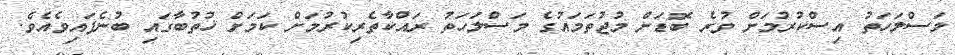
މަސްލަހަތު އިސްކުރުމަށް ވުރެ ބޮޑަށް މުޖުތަމައުގެ މަސްލަހަތު ރައްކާތެރިކުރުމަށް ކަމަށް ޚުތުބާގައި ބުނެފައިވެއެވެ.